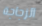
الزجاجة